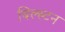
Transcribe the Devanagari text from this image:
बिल्स्टन